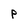
Character: P